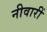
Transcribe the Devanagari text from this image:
नीवारीं